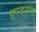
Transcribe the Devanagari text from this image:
सरदराना